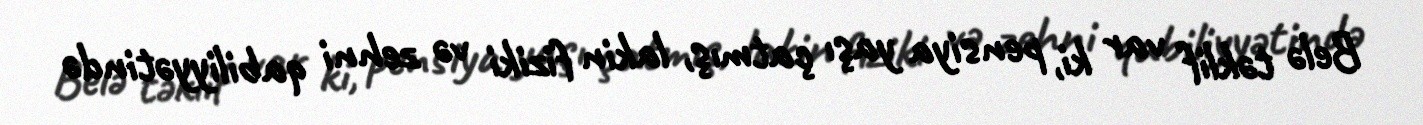
Belə təklif var ki, pensiya yaşı çatmış, lakin fiziki və zehni qabiliyyətində